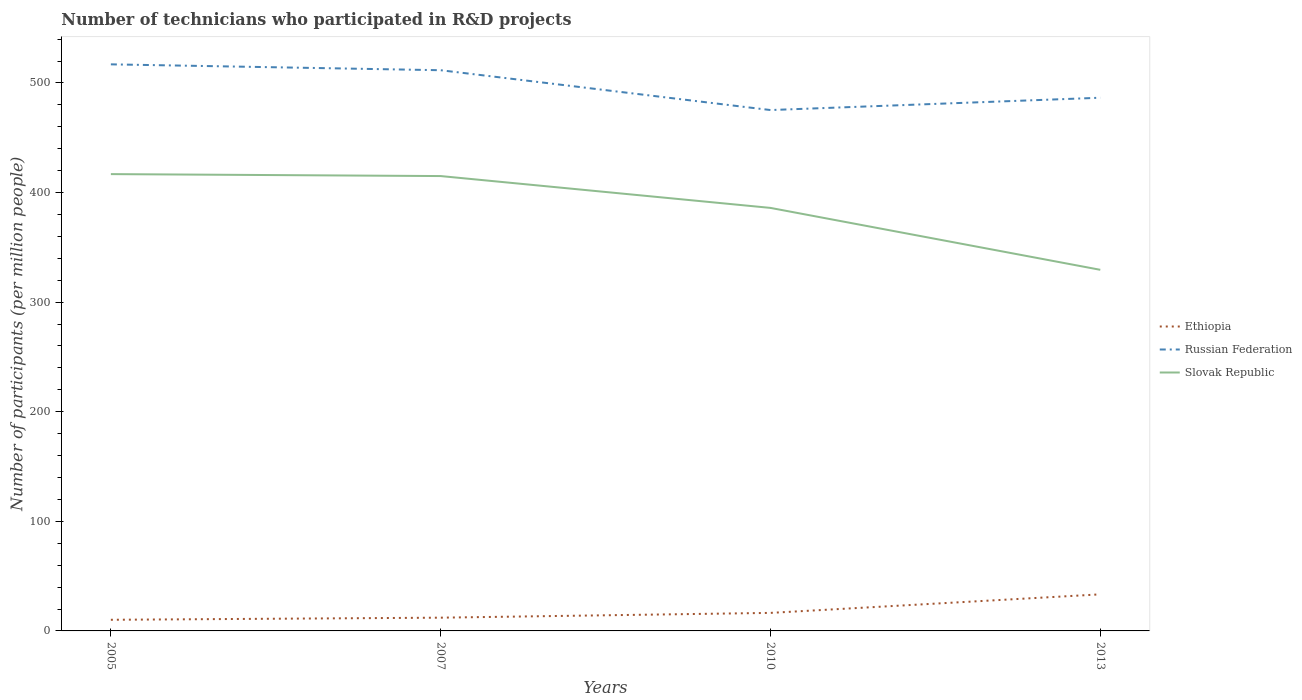
| Years | Ethiopia | Russian Federation | Slovak Republic |
 | --- | --- | --- | --- |
 | 2005 | 10.2 | 517 | 417 |
 | 2007 | 12.1 | 512 | 415 |
 | 2010 | 16.5 | 475 | 386 |
 | 2013 | 33.4 | 487 | 330 |